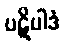
ပဋိပါဒံ